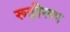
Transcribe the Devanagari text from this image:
रूढ़ीरूप